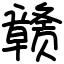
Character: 赣